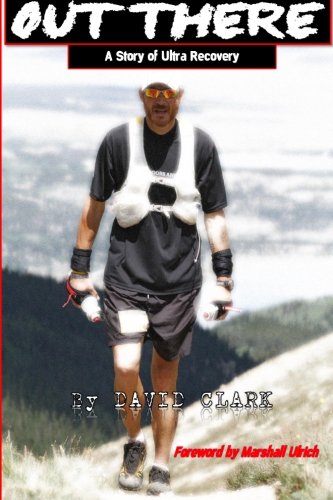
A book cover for Out There: A Story of Ultra Recovery; David Clark; Health, Fitness & Dieting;